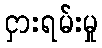
ငှားရမ်းမှု